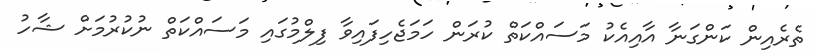
ތެރެއިން ކަންގަނާ އާއިއެކު މަސައްކަތް ކުރަން ހަމަޖެހިފައިވާ ފިލްމުގައި މަސައްކަތް ނުކުރުމަށް ޝާހު